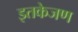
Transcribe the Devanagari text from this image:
इतकेजण